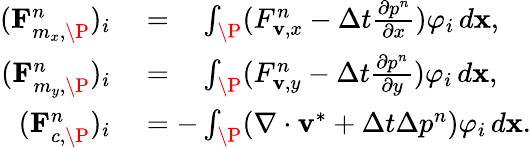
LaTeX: \begin{array}{rl}{(\mathbf{F}_{m_{x},\P}^{n})_{i}}&{{}=\phantom{-}\int_{\P}(F_{\mathbf{v},x}^{n}-\Delta t\frac{\partial p^{n}}{\partial x})\varphi_{i}\, d\mathbf{x},}\\ {(\mathbf{F}_{m_{y},\P}^{n})_{i}}&{{}=\phantom{-}\int_{\P}(F_{\mathbf{v},y}^{n}-\Delta t\frac{\partial p^{n}}{\partial y})\varphi_{i}\, d\mathbf{x},}\\ {(\mathbf{F}_{c,\P}^{n})_{i}}&{{}=-\int_{\P}(\nabla\cdot\mathbf{v}^{\ast}+\Delta t\Delta p^{n})\varphi_{i}\, d\mathbf{x}.}\end{array}